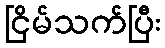
ငြိမ်သက်ပြီး